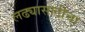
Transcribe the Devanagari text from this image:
लढ्यासाठीचा